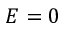
E = 0